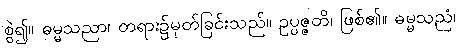
စွဲ၍။ ဓမ္မသညာ၊ တရား၌မှတ်ခြင်းသည်။ ဥပ္ပဇ္ဇတိ၊ ဖြစ်၏။ ဓမ္မသညံ၊